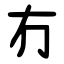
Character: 冇